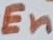
Text: En